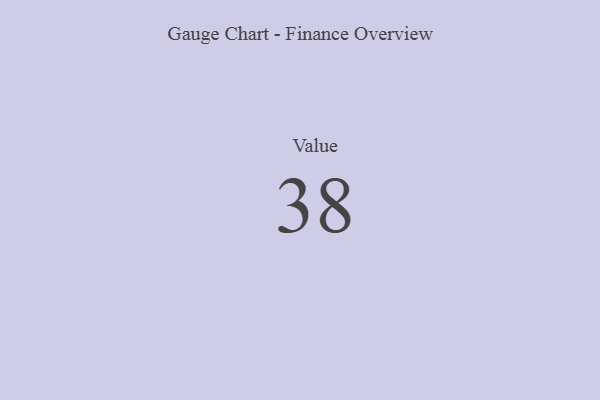
{"axis": {"x": "Metric", "y": "Value"}, "legend": [""], "data": [{"x": "Value", "y": 38, "type": ""}]}